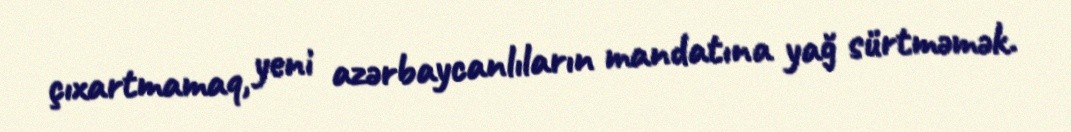
çıxartmamaq, yeni azərbaycanlıların mandatına yağ sürtməmək.